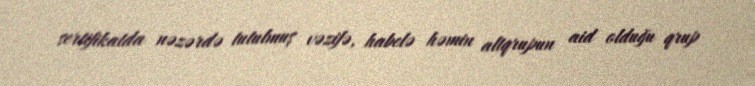
sertifikatda nəzərdə tutulmuş vəzifə, habelə həmin altqrupun aid olduğu qrup